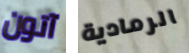
آتون الرمادية